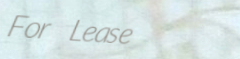
For Lease